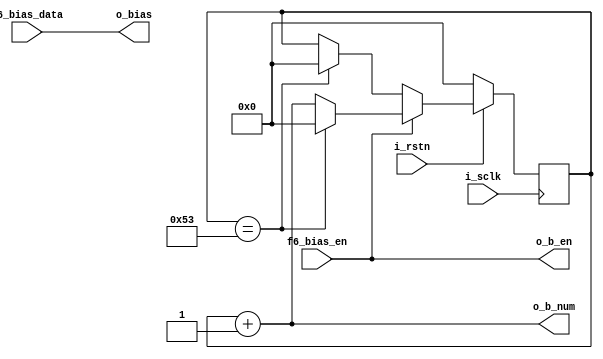
`timescale 1ns / 1ps
//////////////////////////////////////////////////////////////////////////////////
// Company: 
// Engineer: 
// 
// Design Name: 
// Module Name: buffer_f6_bias
// Project Name: 
// Target Devices: 
// Tool Versions: 
// Description: 
// 
// Dependencies: 
// 
// Revision:
// Revision 0.01 - File Created
// Additional Comments:
// 
//////////////////////////////////////////////////////////////////////////////////


module buffer_f6_bias#(
	parameter			WD  = 8,
	parameter			NUM = 84
)(
	input	wire			i_sclk,
	input	wire			i_rstn,
	
	input   wire[WD-1:0]           f6_bias_data,
        input   wire                   f6_bias_en,
	
	output	wire			o_b_en,
	output	wire[7:0]		o_b_num,
	output	wire[WD-1:0]	        o_bias
);

//------------------------------------------//
//					SIGNAL					//
//------------------------------------------//

reg [7:0]		cnt_nw;

//------------------------------------------//
//					CODE					//
//------------------------------------------//

always @(posedge i_sclk)
  if(!i_rstn)
    cnt_nw <= 'd0;
  else
  begin
	if(f6_bias_en)
	begin
		if(cnt_nw==NUM-1)	cnt_nw <= 'd0;
		else			cnt_nw <= cnt_nw + 'd1;
	end
	else					
	begin
		if(cnt_nw==NUM-1)	cnt_nw <= 'd0;
		else			cnt_nw <= cnt_nw;
	end
  end

assign o_b_en = f6_bias_en;
assign o_b_num = cnt_nw + 'd1;
assign o_bias = f6_bias_data;

endmodule